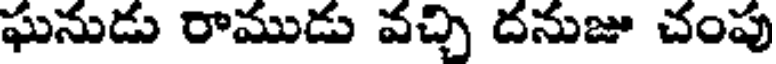
ఘనుడు రాముడు వచ్చి దనుజు చంపు